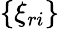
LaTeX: \{ \xi_{ri}\}